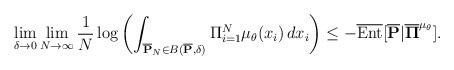
LaTeX: \begin{align*} \lim_{\delta \to 0} \lim_{N \to \infty} \frac{1}{N} \log \left( \int_{ \overline{\mathbf{P}}_{N} \in B( \overline{\mathbf{P}}, \delta)} \Pi_{i=1}^{N} \mu_{\theta}(x_{i}) \, dx_{i} \right) \leq - \overline{{\rm Ent}}[ \overline{\mathbf{P}} | \overline{\mathbf{\Pi}}^ { \mu_{\theta}}].\end{align*}